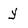
Character: y